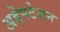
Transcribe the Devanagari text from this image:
अडेपटेशन